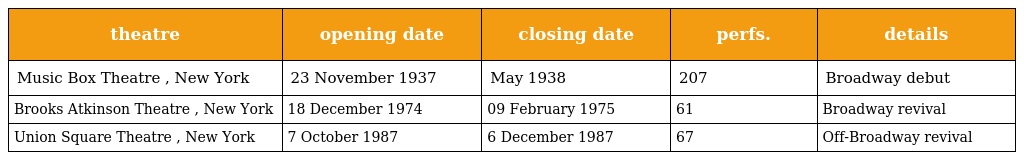
| theatre | opening date | closing date | perfs. | details |
 | --- | --- | --- | --- | --- |
 | Music Box Theatre , New York | 23 November 1937 | May 1938 | 207 | Broadway debut |
 | Brooks Atkinson Theatre , New York | 18 December 1974 | 09 February 1975 | 61 | Broadway revival |
 | Union Square Theatre , New York | 7 October 1987 | 6 December 1987 | 67 | Off-Broadway revival |